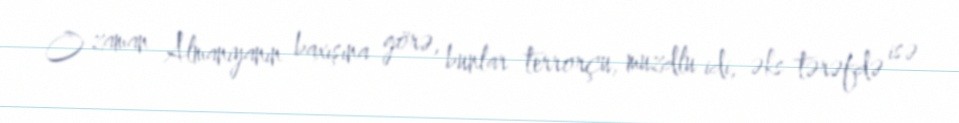
O zaman Almaniyanın baxışına görə, bunlar terrorçu, muzdlu idi, əks tərəfdə isə